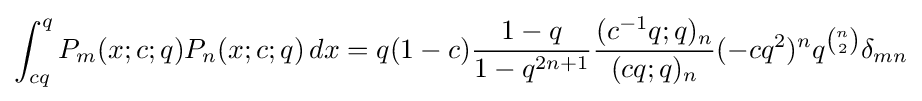
\int _{cq}^{q}P_{m}(x;c;q)P_{n}(x;c;q)\,dx=q(1-c){\frac {1-q}{1-q^{2n+1}}}{\frac {(c^{-1}q;q)_{n}}{(cq;q)_{n}}}(-cq^{2})^{n}q^{n \choose 2}\delta _{mn}